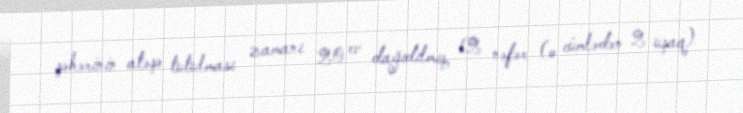
şəhərinin atəşə tutulması zamanı 20 ev dağıdılmış, 12 nəfər (o cümlədən 2 uşaq)